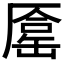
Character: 𠪦